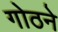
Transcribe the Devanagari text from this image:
गोठने